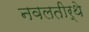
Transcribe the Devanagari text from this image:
नवलतीर्थे